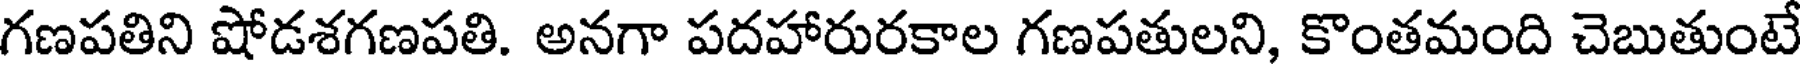
గణపతిని షోడశగణపతి. అనగా పదహారురకాల గణపతులని, కొంతమంది చెబుతుంటే